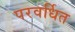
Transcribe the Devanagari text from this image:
परवर्धित